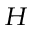
_ H